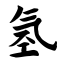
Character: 氢